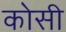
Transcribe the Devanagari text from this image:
काेसी